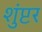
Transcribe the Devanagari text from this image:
शुंप्टर